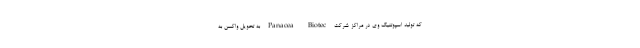
که تولید اسپوتنیک وی در مراکز شرکت Panacea Biotec به تحویل واکسن به